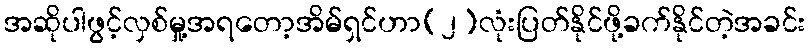
အဆိုပါဖွင့်လှစ်မှု့အရတော့အိမ်ရှင်ဟာ(၂)လုံးပြတ်နိုင်ဖို့ခက်နိုင်တဲ့အခင်း